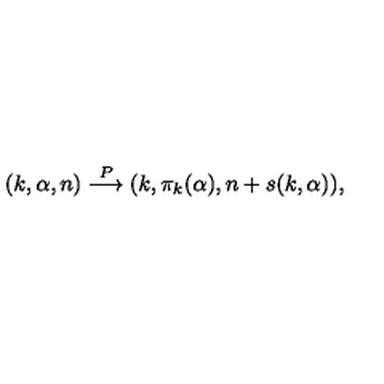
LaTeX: ( k , \alpha , n ) \stackrel { P } { \longrightarrow } ( k , \pi _ { k } ( \alpha ) , n + s ( k , \alpha ) ) ,